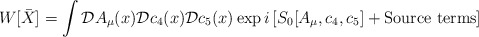
\begin{align*}W[\bar{X}] = \int {\cal D} A_\mu (x) {\cal D} c_4(x) {\cal D}c_5(x)\exp {i\left [ S_0[A_\mu,c_4,c_5] +\mbox{Source terms} \right ]}\end{align*}